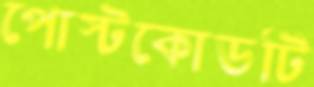
পোস্টকোডটি